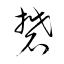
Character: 礬